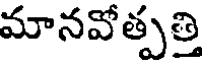
మానవోత్పత్తి